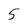
Character: 5